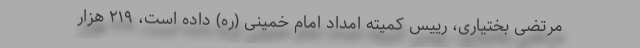
مرتضی بختیاری، رییس کمیته امداد امام خمینی (ره) داده است، ۲۱۹ هزار